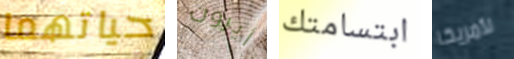
حياتهما أيرون ابتسامتك لأمريكا